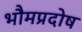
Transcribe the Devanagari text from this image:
भौमप्रदोष